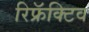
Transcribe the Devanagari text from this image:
रिफ्रॅक्टिव